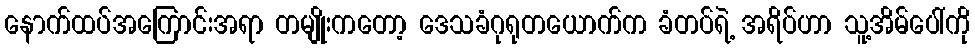
နောက်ထပ်အကြောင်းအရာ တမျိုးကတော့ ဒေသခံဂုရုတယောက်က ခံတပ်ရဲ့ အရိပ်ဟာ သူ့အိမ်ပေါ်ကို